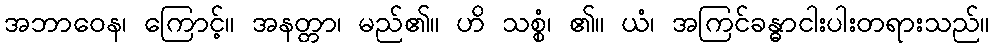
အဘာဝေန၊ ကြောင့်။ အနတ္တာ၊ မည်၏။ ဟိ သစ္စံ၊ ၏။ ယံ၊ အကြင်ခန္ဓာငါးပါးတရားသည်။